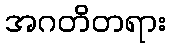
အဂတိတရား